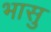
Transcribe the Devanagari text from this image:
भासु